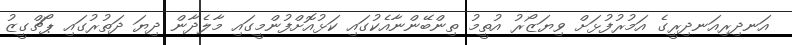
އަނދިރިއަނދިރީގެ އަމުރުފުޅަަށް ވިޔަޒޯރު އުތީމު ތިންބޭންނާއެކުގައި ކަޅުއޮށްފުންމީގައި މާލެދާން ދިޔަ ދަތުރުގައި ޕޯޗްގީޒު